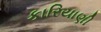
કારિયાણી